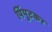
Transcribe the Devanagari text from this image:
पिंपुटकर